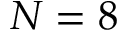
N = 8